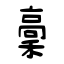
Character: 稾